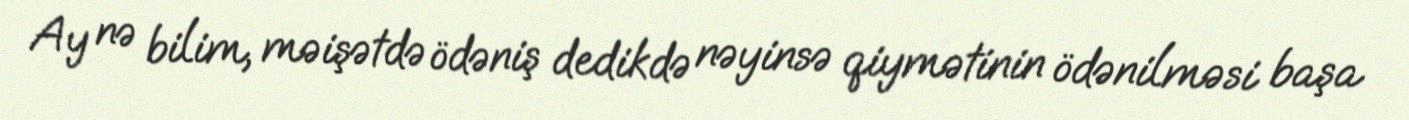
Ay nə bilim, məişətdə ödəniş dedikdə nəyinsə qiymətinin ödənilməsi başa